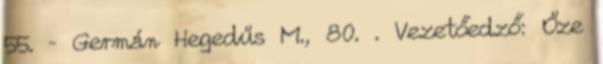
55. – Germán Hegedűs M., 80. . Vezetőedző: Őze